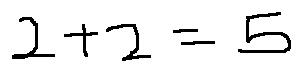
2 + 2 = 5